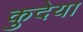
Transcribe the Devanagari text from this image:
कुदेया